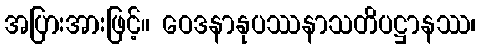
အပြားအားဖြင့်။ ဝေဒနာနုပဿနာသတိပဋ္ဌာနဿ၊